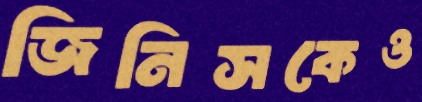
জিনিসকেও